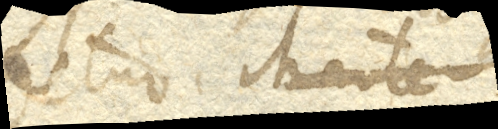
detur. Marte